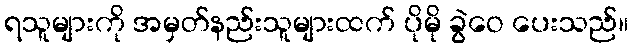
ရသူများကို အမှတ်နည်းသူများထက် ပိုမို ခွဲဝေ ပေးသည်။